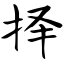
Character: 择